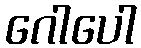
ဂေါပေါ